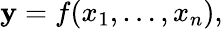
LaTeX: \mathbf{y}=f(x_{1},\dots,x_{n}),